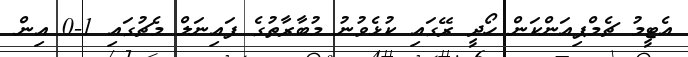
އެޓީމު ޗެމްޕިއަންކަން ހޯދީ ރޭގައި ކުޅެވުނުު މުބާރާތުގެ ފައިނަލް މެޗުގައި 1-0 އިން